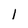
Character: 1